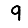
Digit: 9